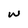
Character: w